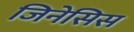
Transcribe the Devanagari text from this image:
जिनेसिस